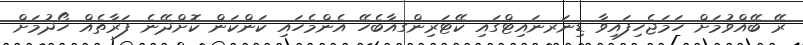
ރޭ ބޭއްވުމަށް ހަމަޖެހިފައިވާ ޑިނަރނައިޓްގައި ކޭޓަރިންގއާބެހޭ އެންމެހައި ކަންކަން ކޮށްދޭނެ ފަރާތެއް ހޯދުމަށް